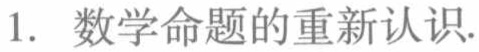
1. 数学命题的重新认识.